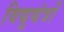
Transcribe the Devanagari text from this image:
विद्युद्यंत्रों